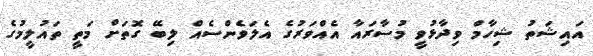
އައިޝަތު ޝިހާމް ވިދާޅުވީ މުސާރައާ އެއްވަރުގެ އެލަވެންސެއް ލިބޭ ގޮތަށް މަތީ ތައުލީމުގެ